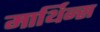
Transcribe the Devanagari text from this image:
मार्थिन्स